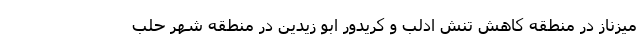
میزناز در منطقه کاهش تنش ادلب و کریدور ابو زیدین در منطقه شهر حلب